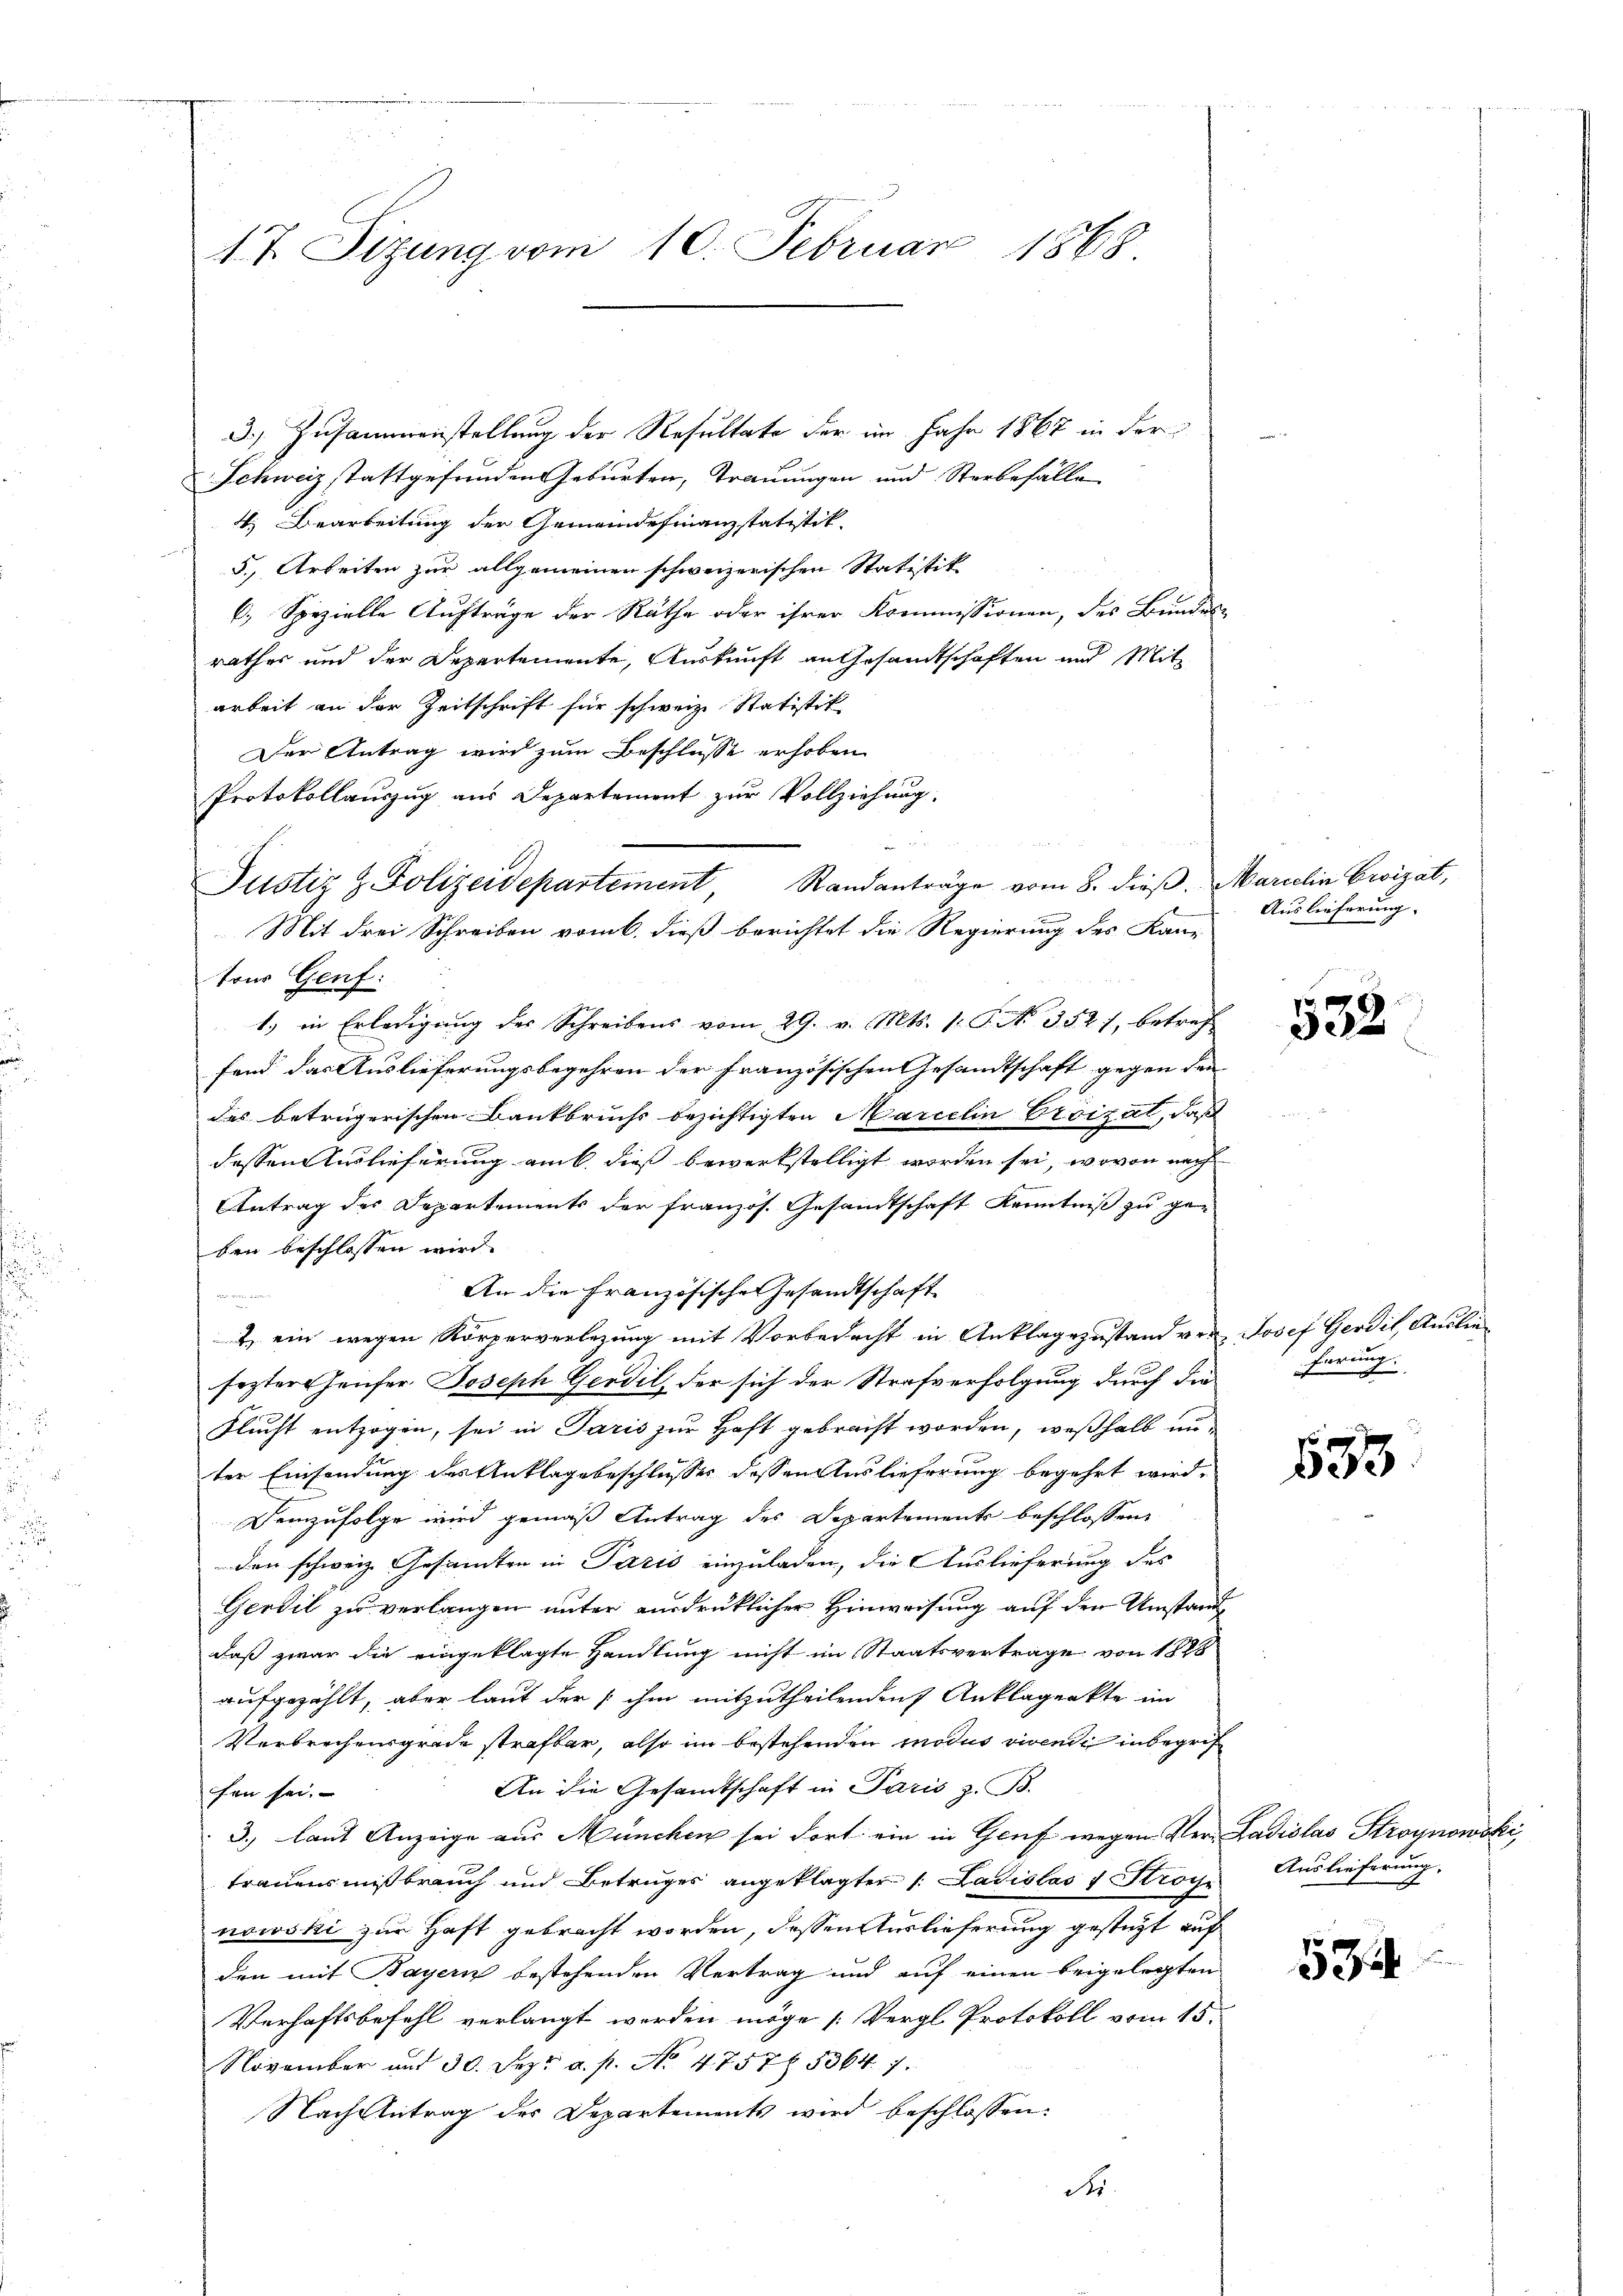
17. Sizung vom 10. Februar 1868

3.) Zusammenstellung der Resultate der im Jahr 1867 in der
Schweiz stattgefunden Geburten, Trauungen und Sterbefälle
4. Bearbeitung der Gemeindefinanzstatistik
5., Arbeiten zur allgemeinen schweizerischen Statistik
6) Spezielle Aufträge der Räthe oder ihrer Kommissionen, des Bundesrathes und der Departemente, Auskunft an Gesandtschaften und Mitarbeit an der Zeitschrift für schweiz. Statistik
Der Antrag wird zum Beschlusse erhoben
Protokollauszug aus Departement zur Vollziehung
tons Genf:
1.) in Erledigung des Schreibens vom 29. v. Mts. 1. P. No 3521, betref
fand das Auslieferungsbegehren der französischen Gesandtschaft gegen den
des betrügerischen Bankbruchs bezichtigten Marielin Croizat, daß
dessen Auslieferung am k. dieß bewerkstelligt worden sei, wovon nach
Antrag des Departements der französ. Gesamtschaft Kenntniß zu ge-
ben beschlossen wird.
An die Französische Gesandtschaft
memen
2) ein wegen Körperverlegung mit Vorbedacht in Anklagezustand von Josef Gerdit, Ausliefezter Hauser Joseph Gerdil, der sich der Strafverfolgung durch dieferung.
Flucht entzogen, sei in Paris zur Haft gebracht worden, weßhalb un
ter Einsendung des Anklagsbeschlusser dessen Auslieferung begehrt wird.
Demzufolge wird gemäß Antrag des Departements beschlossen,
den schweiz. Gesandten in Paris einzuladen, die Auslieferung des
Gerdit zu verlangen unter ausdrüklicher Hinweisung auf den Umstand
daß zwar die eingeklagte Handlung nicht im Staatsvertrage von 1828
aufgezählt, aber laut der ihm mitzutheilenden Anklägerkte im
Verbrechensgrade strafbar, also im bestehenden modus vivendi inbegrif¬
An die Gesandtschaft in Paris z. B.
fen sei.
3.) laut Anzeige aus München sei dort ein in Genf wegen Ver- Ladislas Stroynowski,
trauensmißbrauch und Betruges angeklagter 1. Ladislas f Stroye
nowski zur Haft gebracht worden, dessen Auslieferung gesteht auf
den mit Bayern bestehenden Vertrag und auf einen beigelegten
Verhaftsbefehl verlangt werden möge [Vergl. Protokoll vom 15.
November und 30. Sept. a. p. No. 47575364. 7.
Nach Antrag des Departements wird beschlossen:
d

Justiz & Polizeidepartement, Standanträge vom 8. dieβ. Marielin Erizat,
Mit drei Schreiben vom 6. dieß berichtet die Regierung des Kanz

e

Auslieferung.

532.

653

Auslieferung,

13